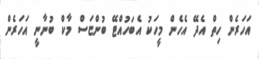
އަހަރެން ހިތް އެދޭ އެހެން މީހަކު އެބަހުއްޓޭ ބުންޏަސް މާކް ބުނާނީ އަހަރެން